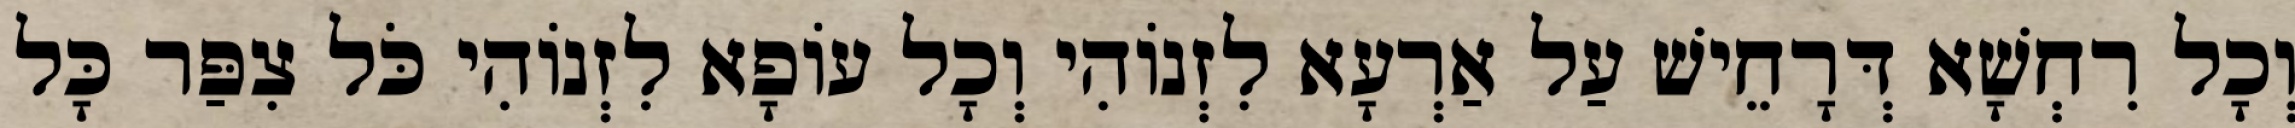
וְכָל רִחְשָׁא דְּרָחֵישׁ עַל אַרְעָא לִזְנוֹהִי וְכָל עוֹפָא לִזְנוֹהִי כֹּל צִפַּר כָּל